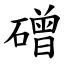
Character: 磳